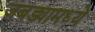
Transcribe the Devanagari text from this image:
जबड्यामध्ये